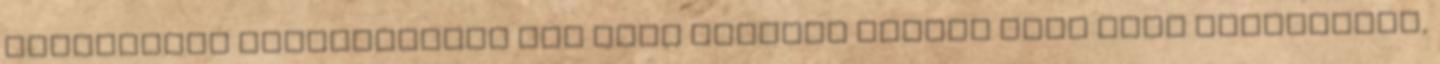
választott önkormányzat nem üres zsebbel vágott neki első ciklusának,